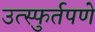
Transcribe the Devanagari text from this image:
उत्स्फुर्तपणे